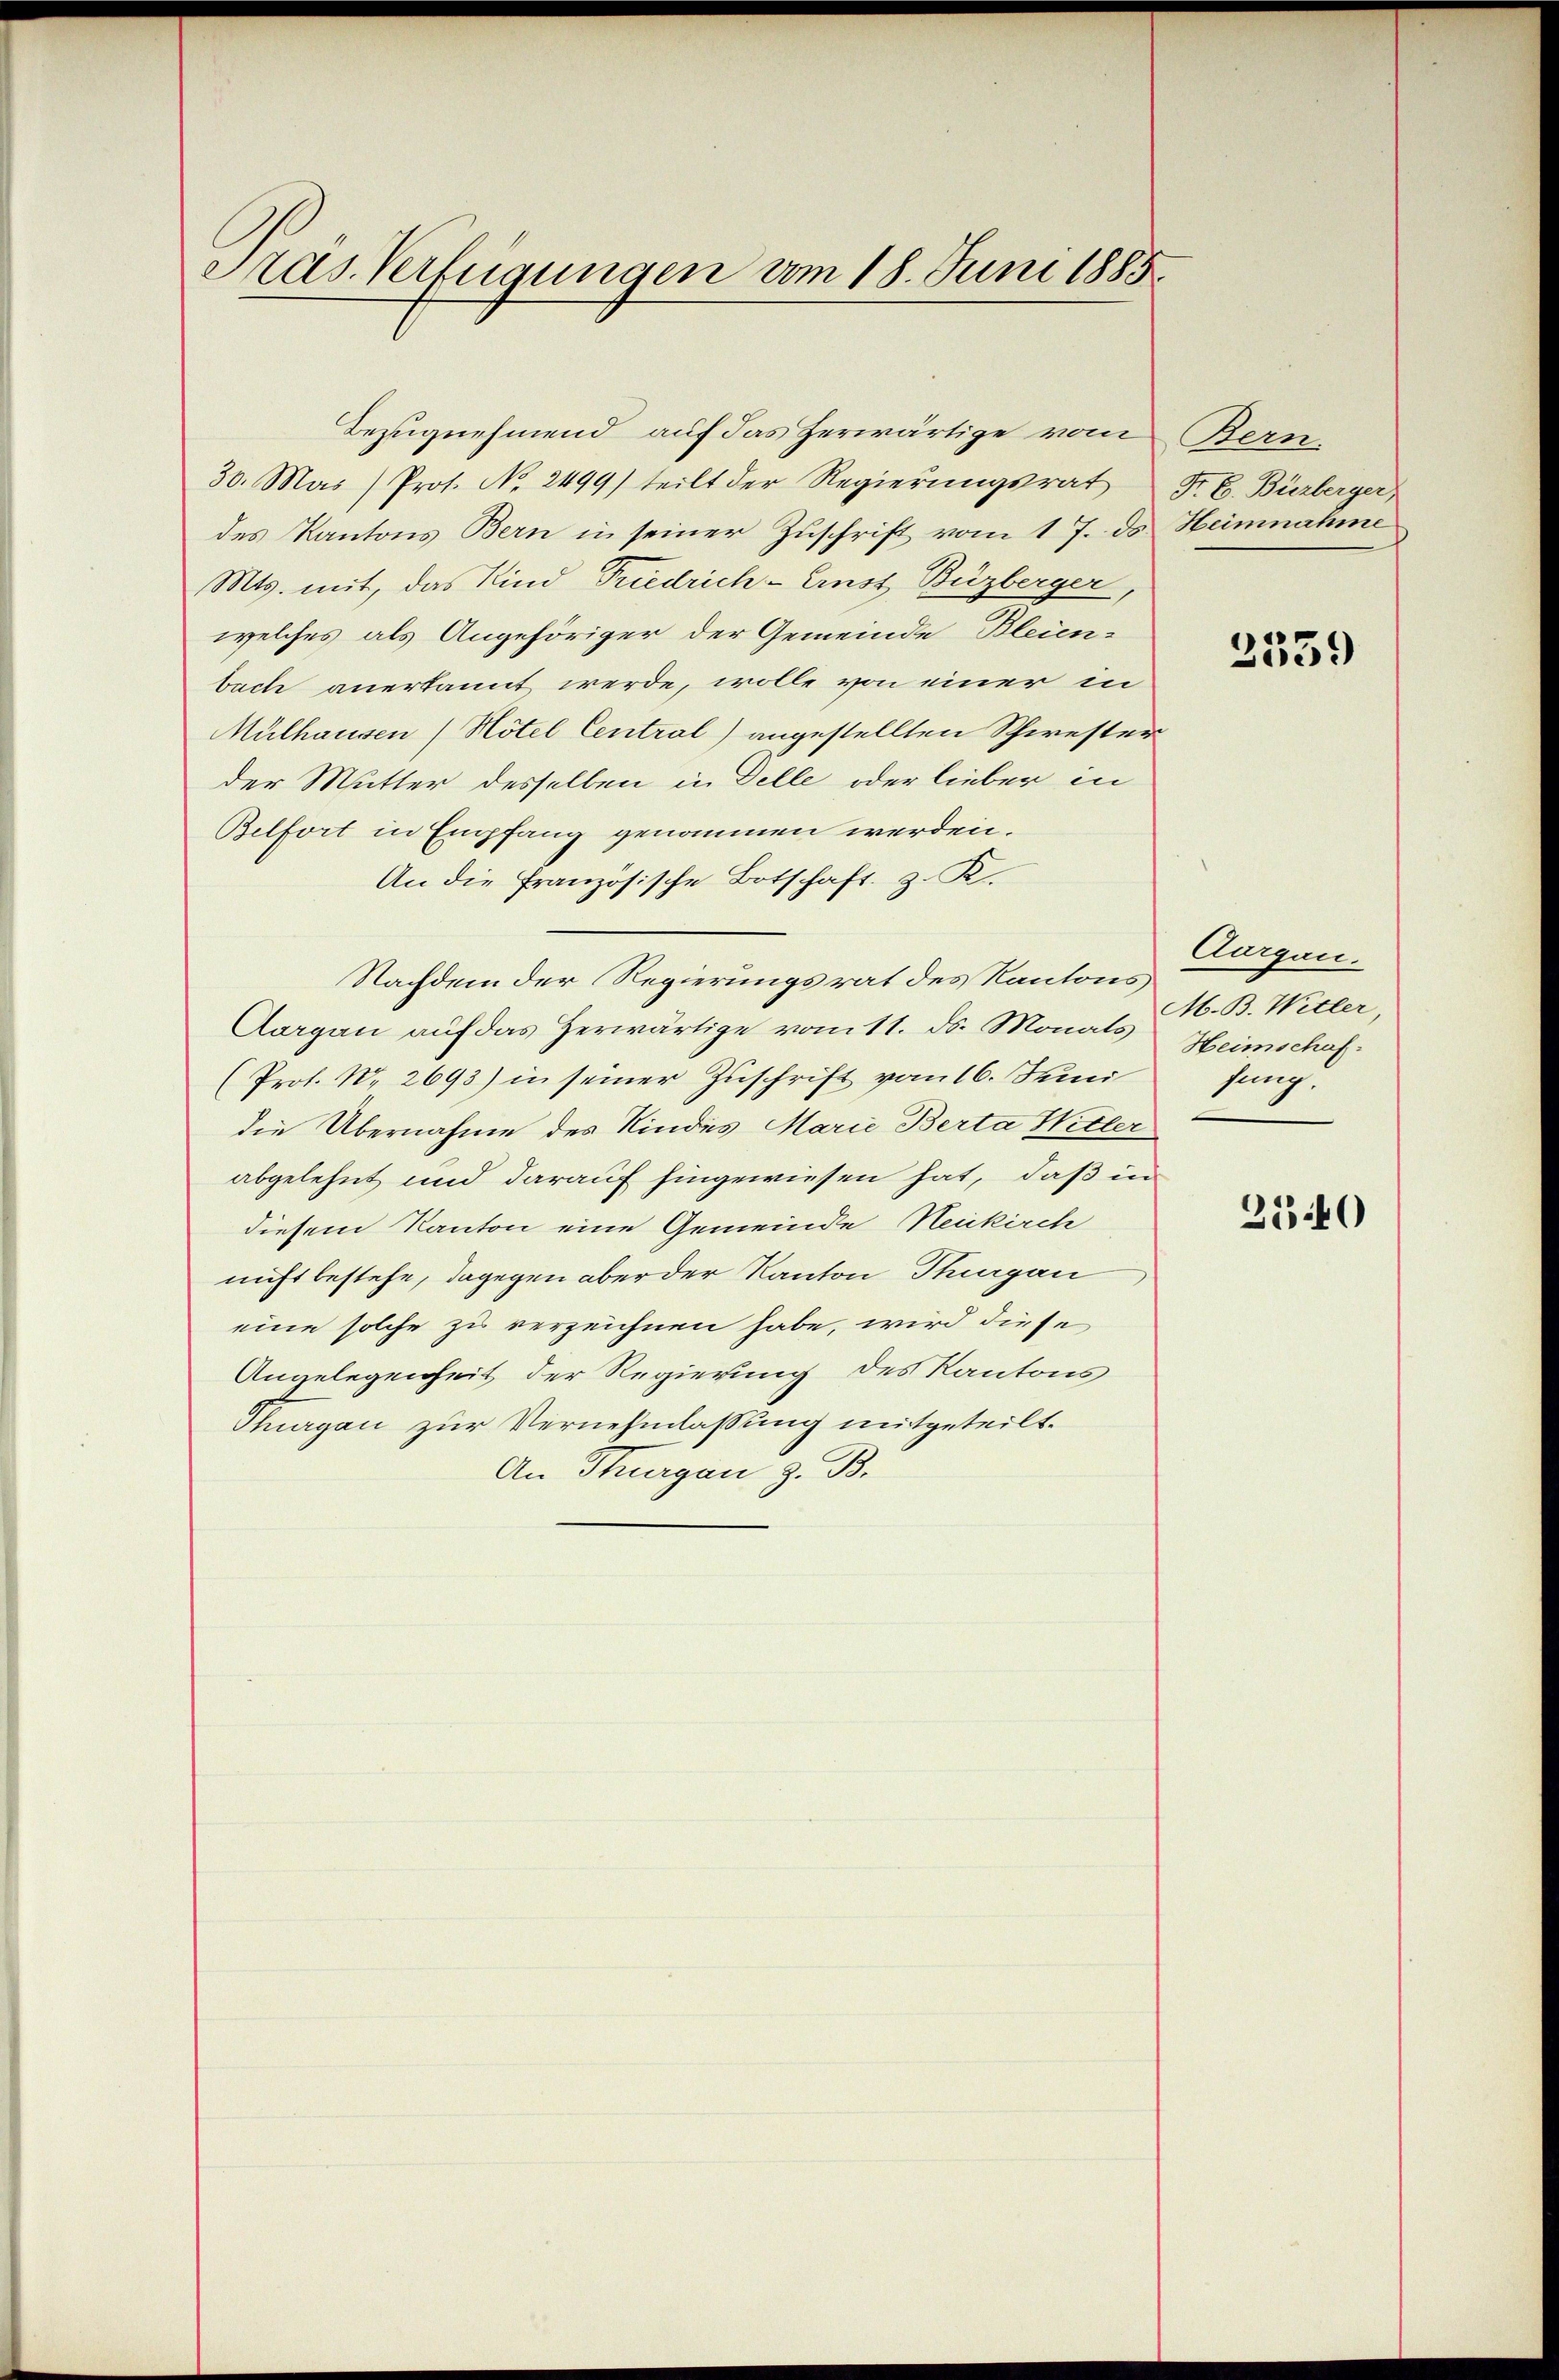
Pras. Verfügungen vom 18. Juni 1885.

Bezugnehmend auf das herwärtige vom
30. Mai (Prof. No. 2499) teilt der Regierŭngsrat Fr. E. Bürberger,
des Kantons Bern in seiner Zuschrift vom 17. ds Heimnahme
Mts. mit, das Kind Friedrich-Ernst Buzberger,
welches als Angehöriger der Gemeinde Bleien-
bach anerkannt werde, wolle von einer in
Mülhausen (Hotel Central) angestellten Schwester
der Mutter desselben in Delle oder lieber in
Belfort in Empfang genommen werden.
An die Französische Botschaft z. K.
Nachdem der Regierungsrat des Kantons
Aargau auf das Herwärtige vom 11. ds. Monats
(Prof. No. 2693) in seiner Zuschrift vom 16. Juni
die Übernahme des Kindes Marie Berta Witter
abgelehnt und darauf hingewiesen hat, daß in
diesem Kanton eine Gemeinde Neukirch
nicht bestehe, dagegen aber der Kanton Thurgau
eine solche zu verzeichnen habe, wird diese
Angelegenheit der Regierung des Kantons
Thurgau zur Vernehmlassung mitgeteilt.
An Thurgau z. B.

Bern.

2339

Aurgau.
M. B. Witter,
Heimschaf
fung.

2540